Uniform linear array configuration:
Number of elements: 64
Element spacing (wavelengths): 0.5
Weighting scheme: binomial
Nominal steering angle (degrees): -15
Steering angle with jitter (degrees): -15.068
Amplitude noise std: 0.05
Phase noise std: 0.05

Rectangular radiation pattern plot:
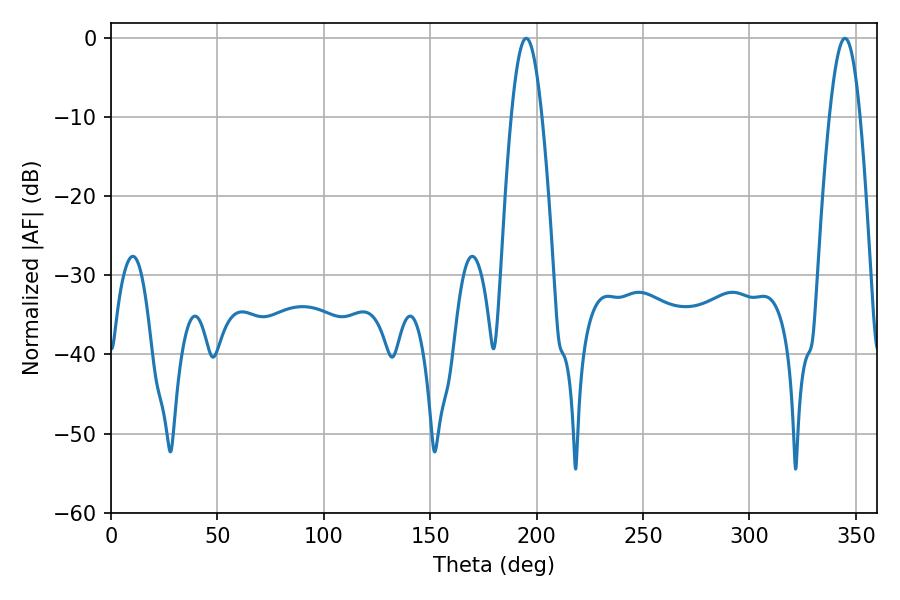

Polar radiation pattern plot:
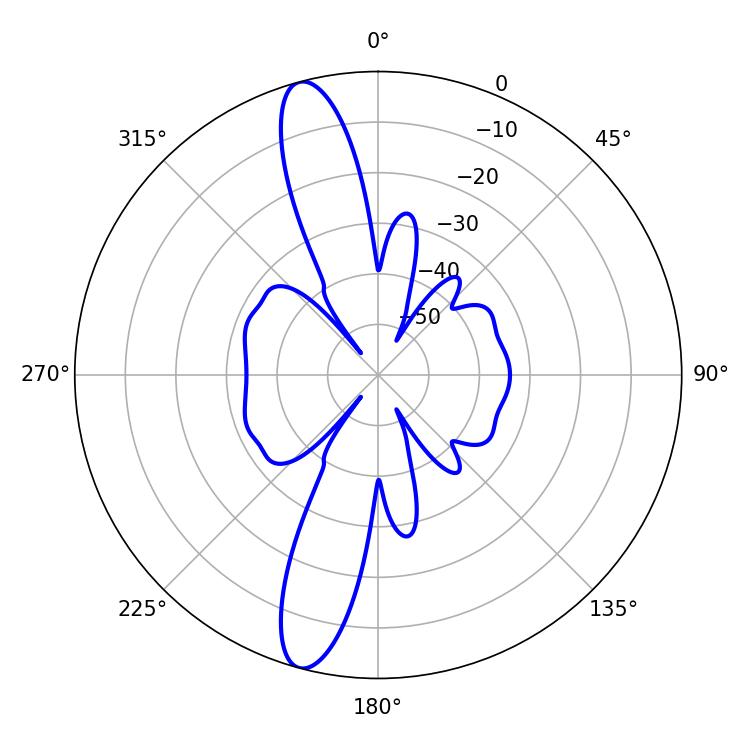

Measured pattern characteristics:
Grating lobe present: FALSE
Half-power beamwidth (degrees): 7.74
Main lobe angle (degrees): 195.12